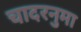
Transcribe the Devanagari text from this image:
चादरनुमा